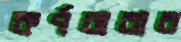
কর্ণঝরার